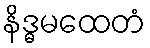
နိဒ္ဓမထေတံ